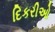
દિકરીઓ